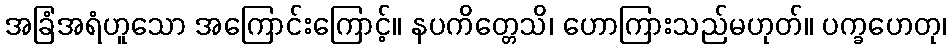
အခြံအရံဟူသော အကြောင်းကြောင့်။ နပကိတ္တေသိ၊ ဟောကြားသည်မဟုတ်။ ပက္ခဟေတု၊